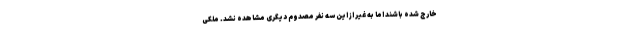
خارج شده باشند اما به غیر از این سه نفر مصدوم دیگری مشاهده نشد. ملکی